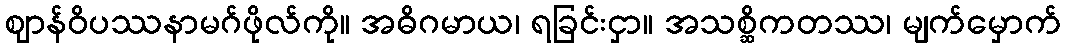
ဈာန်ဝိပဿနာမဂ်ဖိုလ်ကို။ အဓိဂမာယ၊ ရခြင်းငှာ။ အသစ္ဆိကတဿ၊ မျက်မှောက်